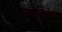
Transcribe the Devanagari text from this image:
लर्मन्तोव